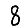
Digit: 8